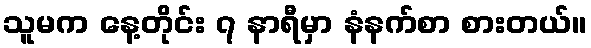
သူမက နေ့တိုင်း ၇ နာရီမှာ နံနက်စာ စားတယ်။